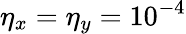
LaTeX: \eta_{x}=\eta_{y}=10^{-4}